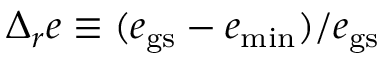
\Delta _ { r } e \equiv ( e _ { { \mathrm { g s } } } - e _ { { \mathrm { m i n } } } ) / e _ { { \mathrm { g s } } }